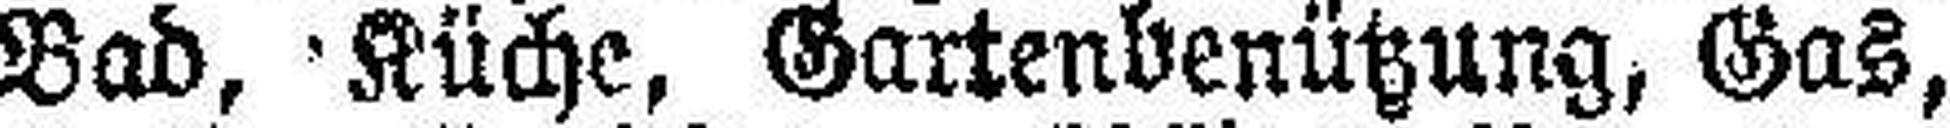
Bad, Küche, Gartenbenützung, Gas,